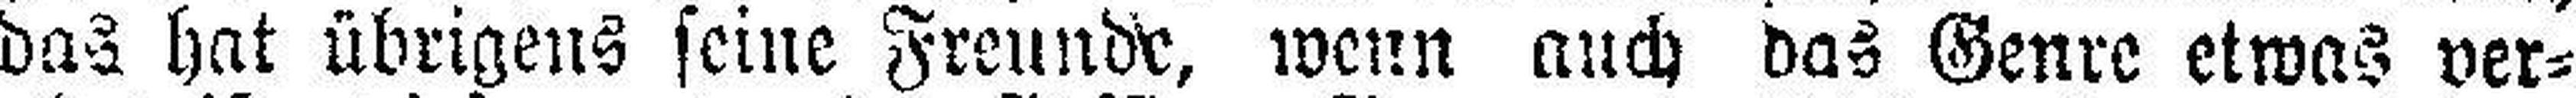
das hat übrigens seine Freunde, wenn auch das Genre etwas ver¬